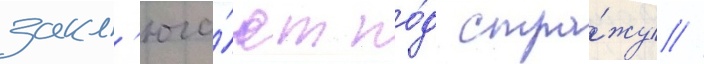
закл'юча́ют по́д стра́жу //